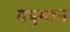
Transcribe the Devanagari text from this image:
वपुमान